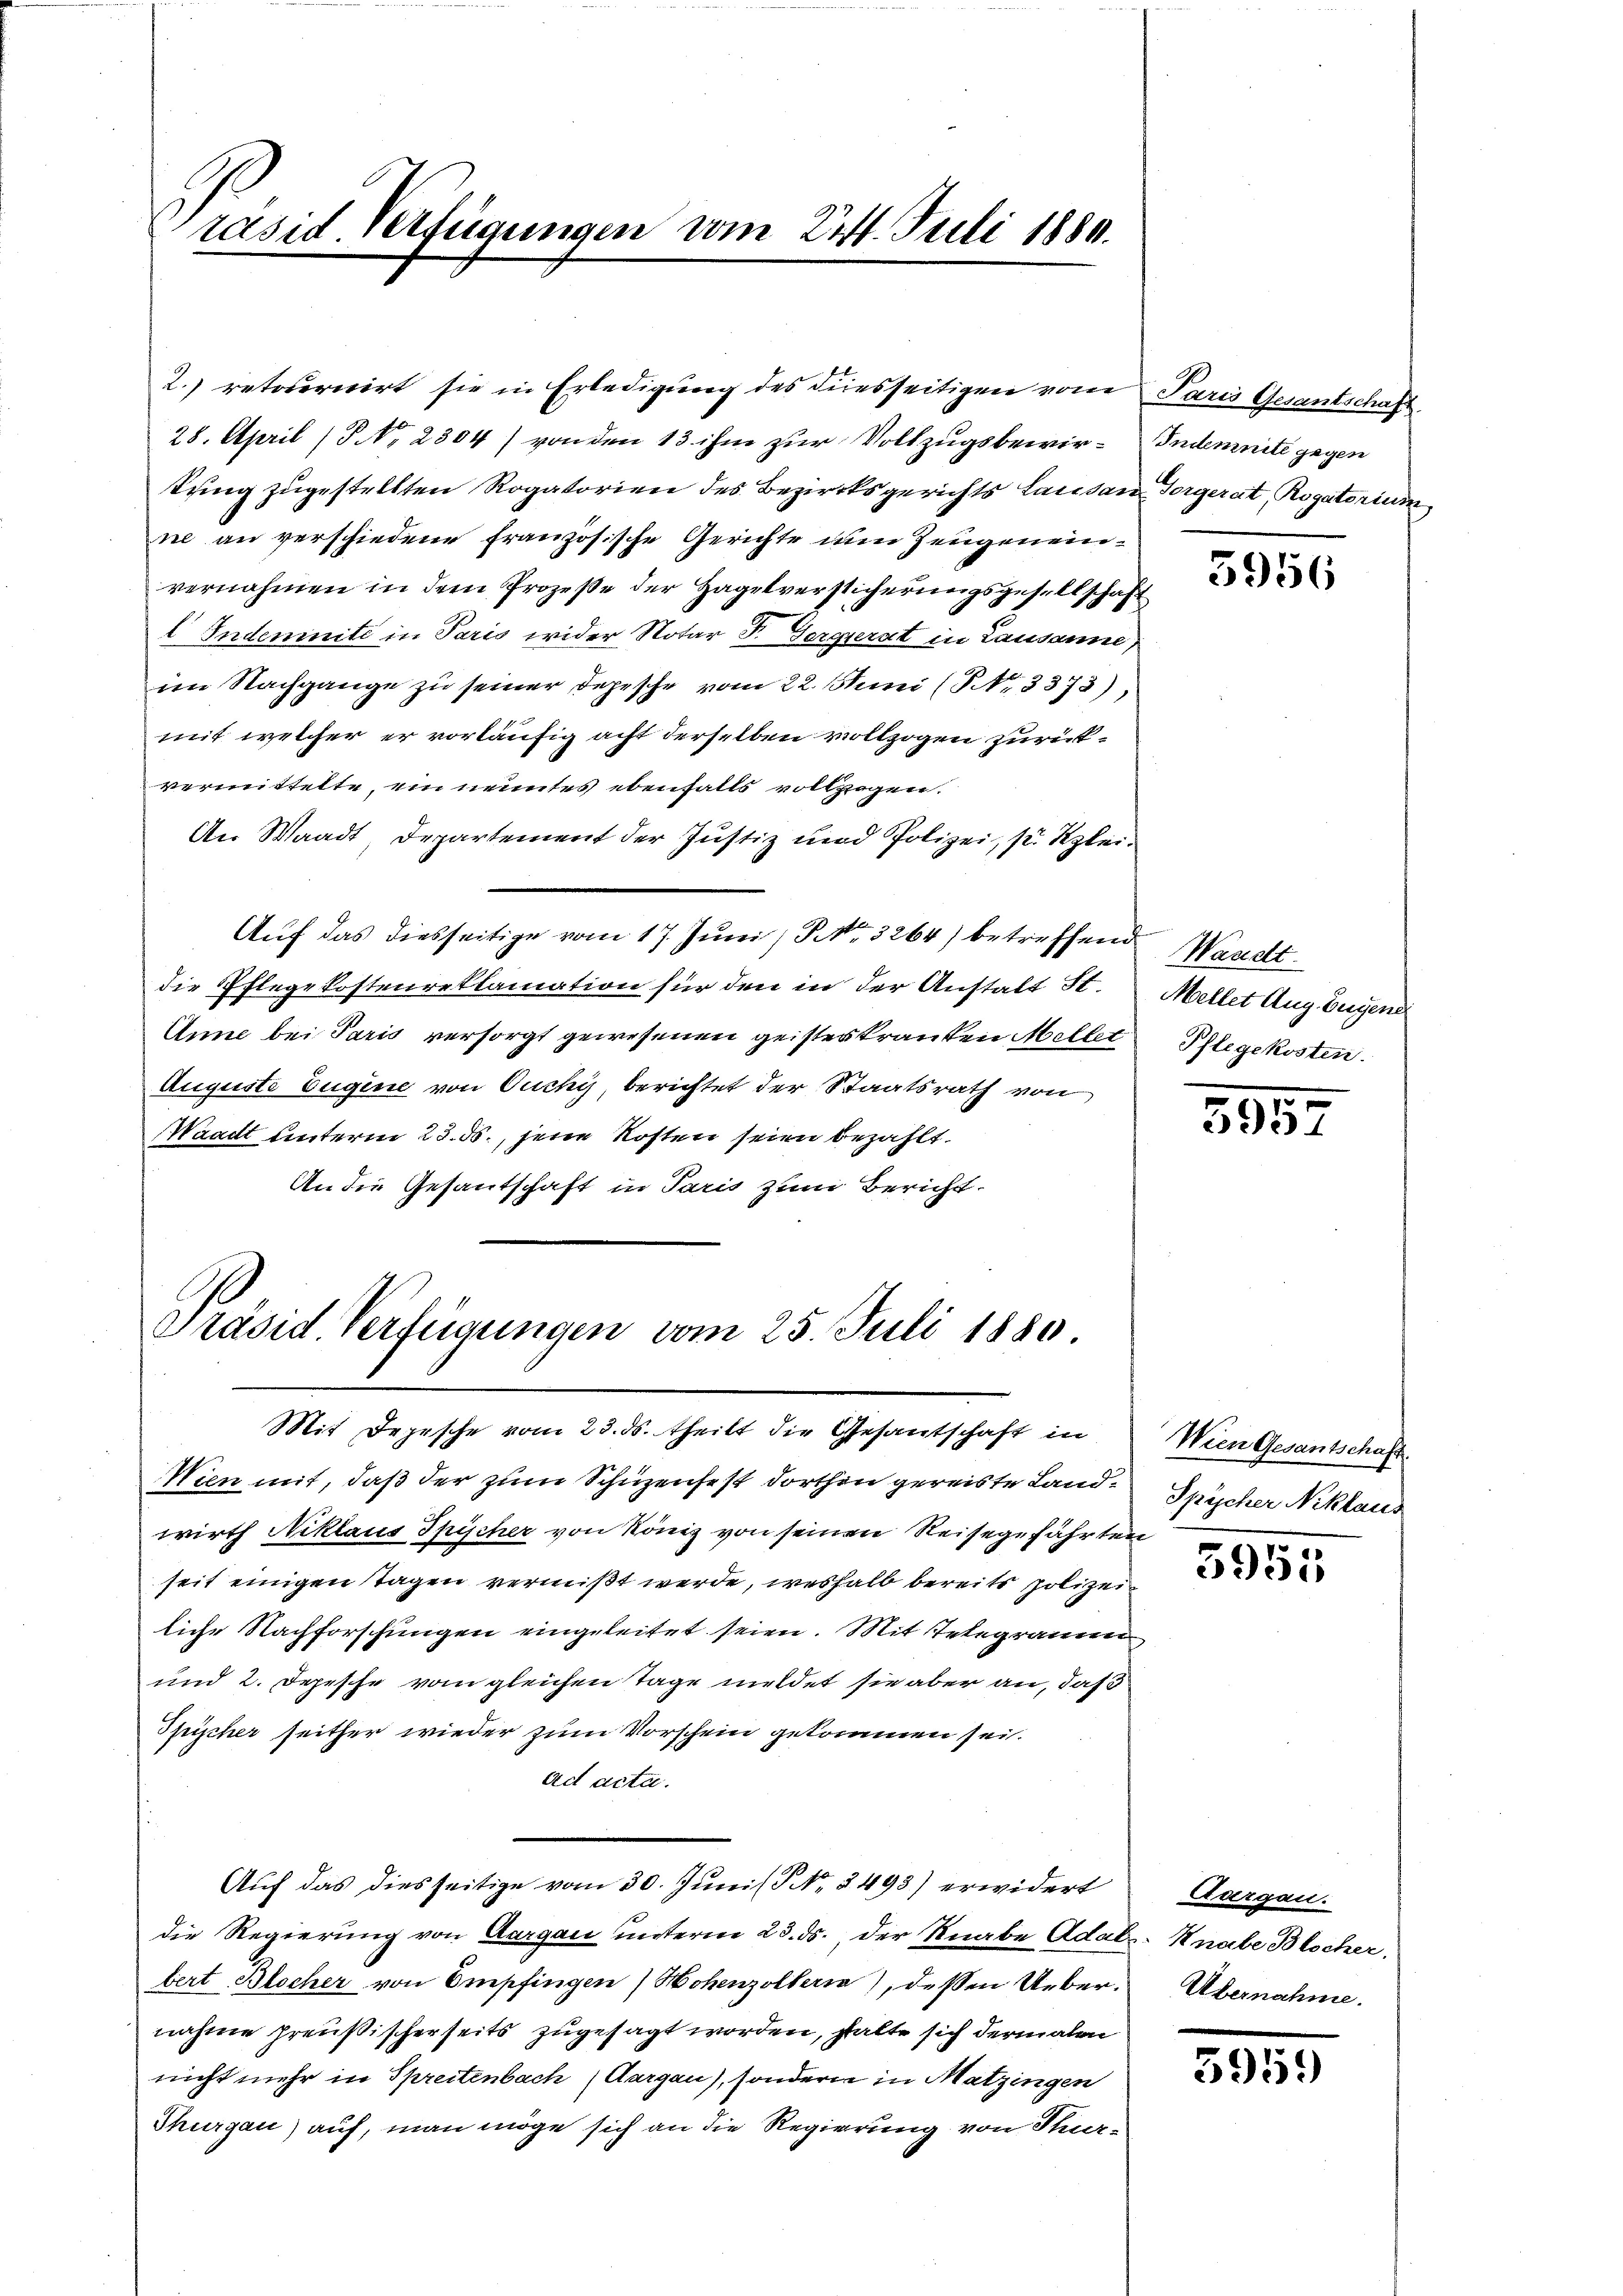
räsid. Verfügungen vom 224. Juli 1889.

28. April (S. 2304) von den 13 ihm zur Vollzugsbewirkung zugestellten Rogatorien des Bezirksgerichts Lausane Vorgerat, Rogatorium
ne an verschiedene Französische Gerichte im Zeugeneinvernahmen in dem Prozeße der Hagelversticherungsgesellschaft
l Indemnitz in Paris wider Notar F. Gergerat in Lausanne
im Nachgange zu seiner Depesche vom 22. Juni (Nr. 3373)
mit welcher er vorläufig acht derselben vollzogen zurückvermittelte, ein nenntes ebenfalls vollzogen.
An Waadt, Departement der Justiz und Polizei, s. Klei¬
Aŭf das diesseitige vom 17. Jŭni / P. Nr. 3264) betreffend Waadt.
die Pflege kostenreklamation für den in der Anstalt St.
Anne bei Paris versorgt gewesenen geisteskranken Mellet Pflegekosten.
Auguste Eugine von Ouchys, berichtet der Staatsrath von
Waadt unterm 23. ds., jene Kosten seien bezahlt.
An die Gesantschaft in Paris zum Bericht.

2.) retournirt sie in Erledigung des diesseitigen vom Paris Gesantschaft

Präsid. Verfügungen vom 25. Juli 1880
Mit Depesche vom 23. ds. theilt die Gesantschaft in

Wien mit, daß der zum Schüzenfest dorthin gereiste Landwirth Niklaus Spischer von Köniz von seinen Reisegefährten
seit einigen Tagen vermißt werde, weshalb bereits polizeiliche Nachforschungen eingeleitet seien. Mit Telegramm
und 2. Depesche vom gleichen Tage meldet sie aber an, daß
Spischer seither wieder zum Vorschein gekommen sei.
ad acta.
Auf das diesseitige vom 30. Juni lJ No. 2493) erwidert
die Regierung von Aargau unterm 23. ds., der Knabe Adals Knabe Blocher.
bert Blocher von Empfingen Hohenzollers), dessen Uebernahme preußischerseits zugesagt worden, stalte sich dermalen
nicht mehr in Spreitenbach (Aargau), sondern in Matzingen
Thurgau) auf, man möge sich an die Regierung von Ser-

Indemnitz gegen

5956

Mellet Aug. Eugend

3957

Wien Gesantschaft.
Spischer Niklaus

5955

Zvergau.
Übernahme.

3959)